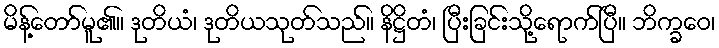
မိန့်တော်မူ၏။ ဒုတိယံ၊ ဒုတိယသုတ်သည်။ နိဋ္ဌိတံ၊ ပြီးခြင်းသို့ရောက်ပြီ။ ဘိက္ခဝေ၊